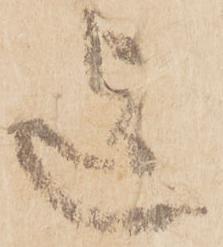
迄